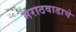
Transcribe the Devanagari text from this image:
मराठवाडाचे